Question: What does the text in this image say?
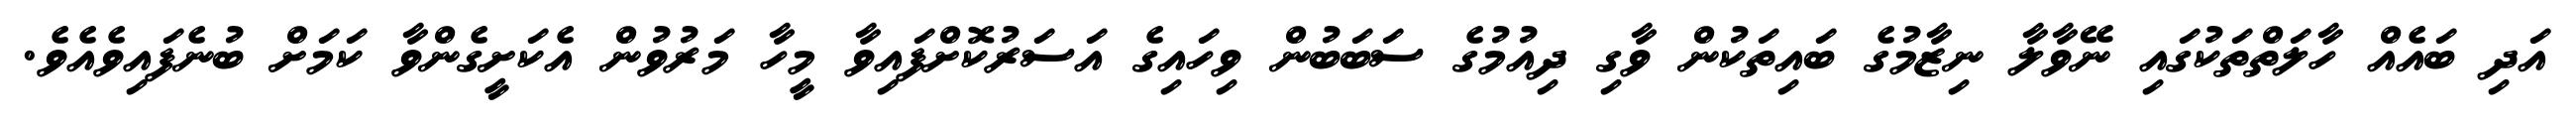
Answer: އަދި ބައެއް ހާލަތްތަކުގައި ނޭވާލާ ނިޒާމުގެ ބައިތަކުން ވާގި ދިއުމުގެ ސަބަބުން ވިހައިގެ އަސަރުކޮށްފައިވާ މީހާ މަރުވުން އެކަށީގެންވާ ކަމަށް ބުނެފައިވެއެވެ.